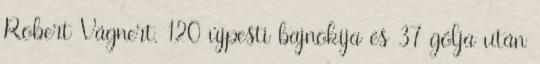
Robert Vágnert. 120 újpesti bajnokija és 37 gólja után